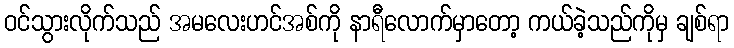
ဝင်သွားလိုက်သည် အမလေးဟင်အစ်ကို နာရီလောက်မှာတော့ ကယ်ခဲ့သည်ကိုမှ ချစ်ရာ